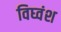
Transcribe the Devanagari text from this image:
विघ्वंश